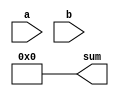
module structural_adder (
    input [2:0] a,
    input [2:0] b,
    output [3:0] sum
);
    // TODO: Insert your RTL here
    // Remove the assign statement once you write your own RTL
    assign sum = 4'd0;

endmodule